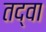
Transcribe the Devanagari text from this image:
तद्वा